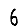
Digit: 6